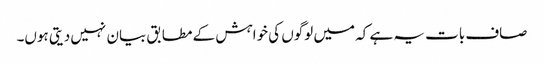
صاف بات یہ ہے کہ میں لوگوں کی خواہش کے مطابق بیان نہیں دیتی ہوں۔